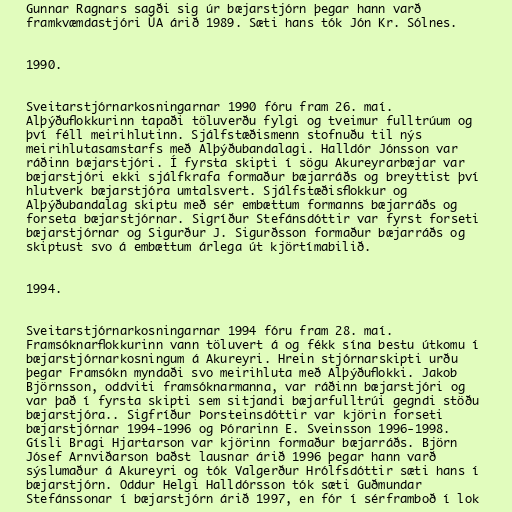
Gunnar Ragnars sagði sig úr bæjarstjórn þegar hann varð
framkvæmdastjóri ÚA árið 1989. Sæti hans tók Jón Kr. Sólnes.

1990.

Sveitarstjórnarkosningarnar 1990 fóru fram 26. maí.
Alþýðuflokkurinn tapaði töluverðu fylgi og tveimur fulltrúum og
því féll meirihlutinn. Sjálfstæðismenn stofnuðu til nýs
meirihlutasamstarfs með Alþýðubandalagi. Halldór Jónsson var
ráðinn bæjarstjóri. Í fyrsta skipti í sögu Akureyrarbæjar var
bæjarstjóri ekki sjálfkrafa formaður bæjarráðs og breyttist því
hlutverk bæjarstjóra umtalsvert. Sjálfstæðisflokkur og
Alþýðubandalag skiptu með sér embættum formanns bæjarráðs og
forseta bæjarstjórnar. Sigríður Stefánsdóttir var fyrst forseti
bæjarstjórnar og Sigurður J. Sigurðsson formaður bæjarráðs og
skiptust svo á embættum árlega út kjörtímabilið.

1994.

Sveitarstjórnarkosningarnar 1994 fóru fram 28. maí.
Framsóknarflokkurinn vann töluvert á og fékk sína bestu útkomu í
bæjarstjórnarkosningum á Akureyri. Hrein stjórnarskipti urðu
þegar Framsókn myndaði svo meirihluta með Alþýðuflokki. Jakob
Björnsson, oddviti framsóknarmanna, var ráðinn bæjarstjóri og
var það í fyrsta skipti sem sitjandi bæjarfulltrúi gegndi stöðu
bæjarstjóra.. Sigfríður Þorsteinsdóttir var kjörin forseti
bæjarstjórnar 1994-1996 og Þórarinn E. Sveinsson 1996-1998.
Gísli Bragi Hjartarson var kjörinn formaður bæjarráðs. Björn
Jósef Arnviðarson baðst lausnar árið 1996 þegar hann varð
sýslumaður á Akureyri og tók Valgerður Hrólfsdóttir sæti hans í
bæjarstjórn. Oddur Helgi Halldórsson tók sæti Guðmundar
Stefánssonar í bæjarstjórn árið 1997, en fór í sérframboð í lok